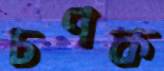
চণক